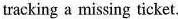
tracking a missing ticket.